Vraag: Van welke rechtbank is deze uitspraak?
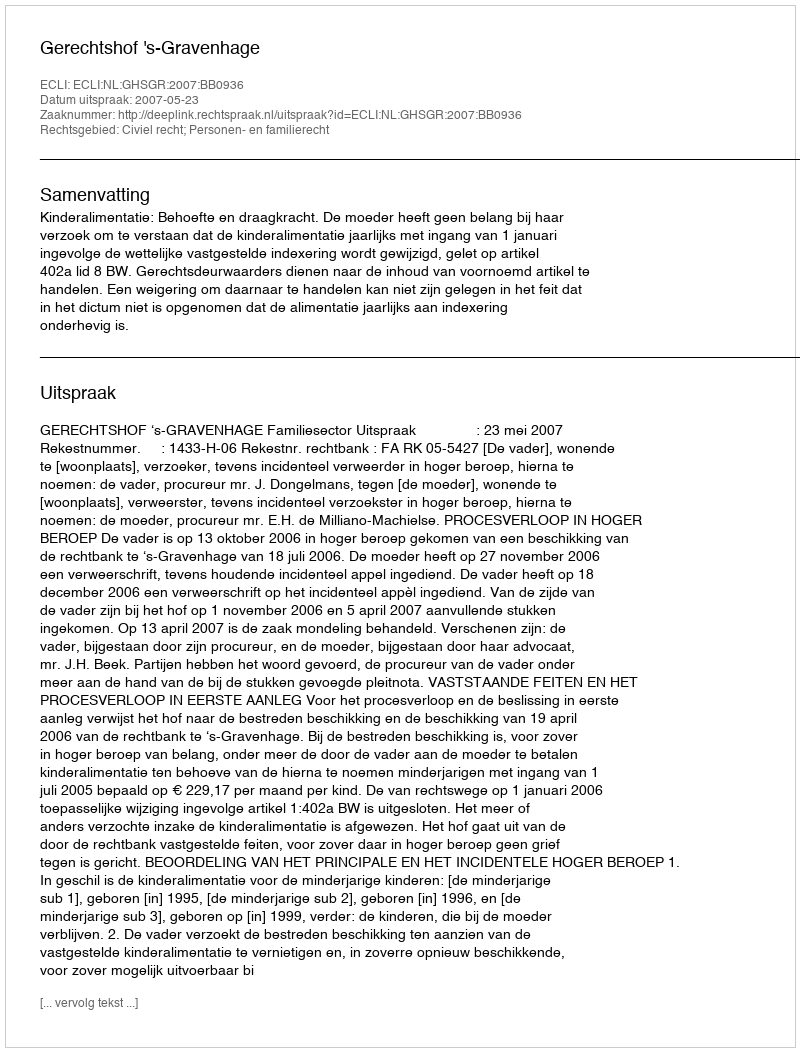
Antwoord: Gerechtshof 's-Gravenhage